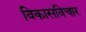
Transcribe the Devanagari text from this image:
विकासविचार